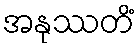
အနုဿတိံ